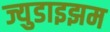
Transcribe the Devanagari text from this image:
ज्युडाइझम